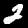
Digit: 2